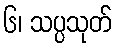
၆၊ သပ္ပသုတ်